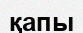
қапы